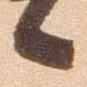
候